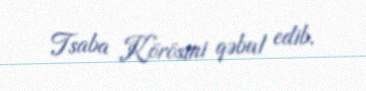
Tsaba Körösini qəbul edib.